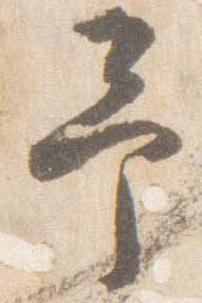
予